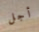
أجل